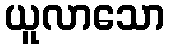
ယူလာသော